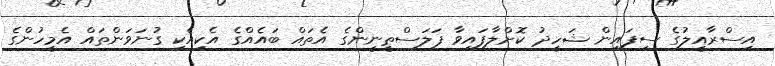
އިސްރާއީލުގެ ސިފައިން ޝަހީދު ކޮށްލާފައިވާ ފަލަސްޠީނީންގެ އެތައް ބައެއްގެ އެކިއެކި ގުނަވަންތައް އެމީހުންގެ